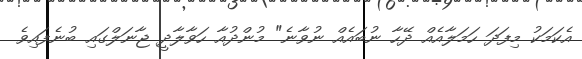
އެކަމަކު މިފަދަ ހަމަލާއެއް ދޭހާ ނުބައެއް ނުވާނެ" މުންދުއާ ހަވާލާދީ ޖާނަލްގައި ބުނެފައިވެ